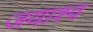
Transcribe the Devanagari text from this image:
जयाश्व